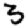
Digit: 3